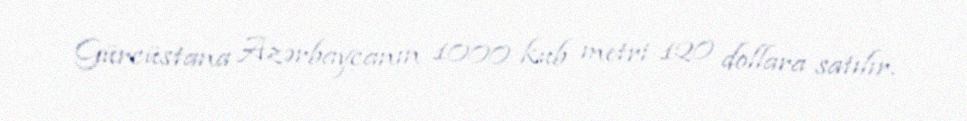
Gürcüstana Azərbaycanın 1000 kub metri 120 dollara satılır.